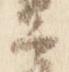
衛